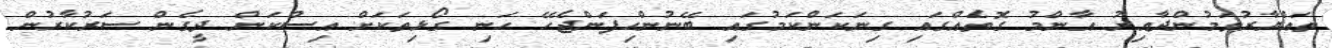
ތައްޔާރުވަމުންދާއިރު އާންމު ގޮތެއްގައި ގިނަކަންކަމުގައި ބޭނުންހިފަންޖެހޭ ހަނި ގޯޅިތަކަށް އިސްކަން ދީގެން ސަރުކާރުން